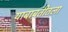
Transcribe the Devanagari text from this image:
याबाबतीतला